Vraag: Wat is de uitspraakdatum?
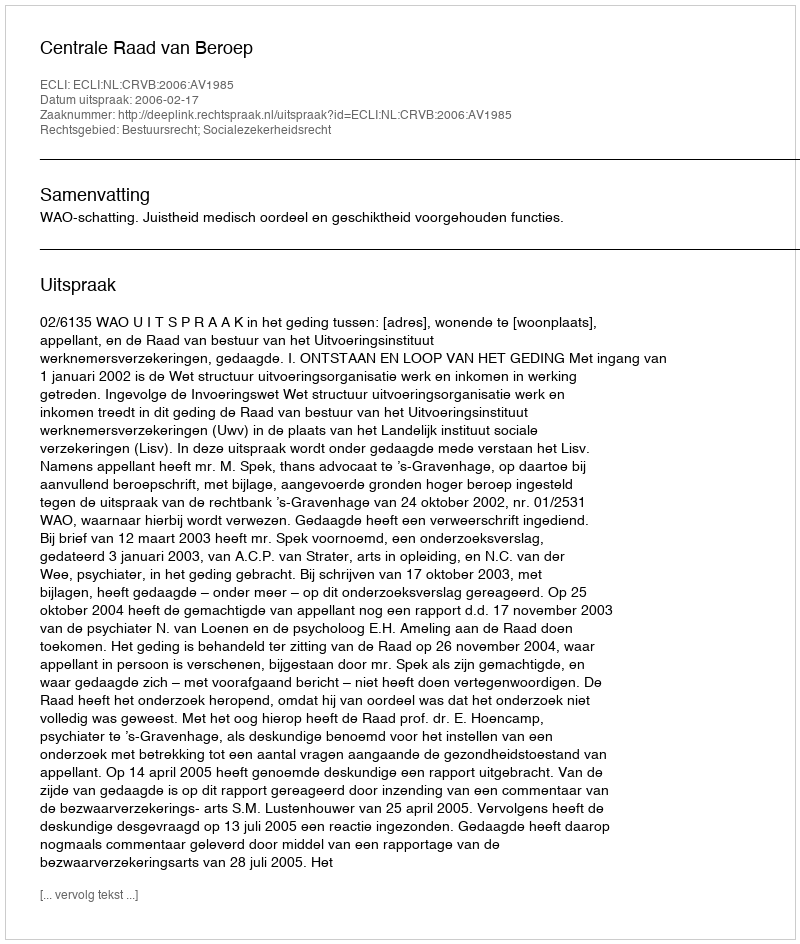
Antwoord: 2006-02-17